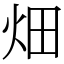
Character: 畑